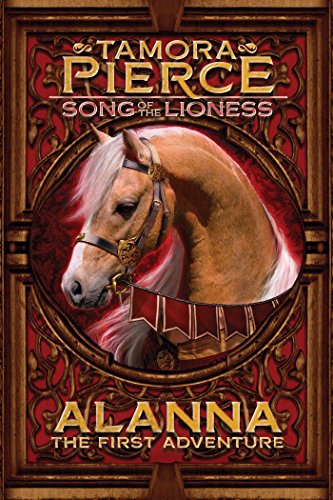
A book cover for Alanna: The First Adventure (The Song of the Lioness, Book 1); Tamora Pierce; Teen & Young Adult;